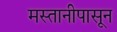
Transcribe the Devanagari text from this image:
मस्तानीपासून